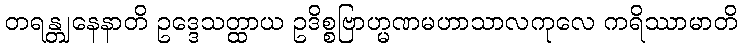
တရန္တျနေနာတိ ဥဒ္ဒေသတ္ထာယ ဥဒိစ္စဗြာဟ္မဏမဟာသာလကုလေ ကရိဿာမာတိ